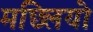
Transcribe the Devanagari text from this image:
मछ्लियो